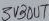
Text: 3VOUT